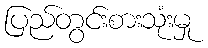
ပြည်တွင်းစားသုံးမှု